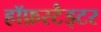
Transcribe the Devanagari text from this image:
हॉफ़स्टैड्टर